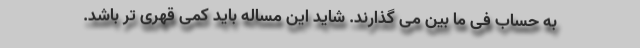
به حساب فی ما بین می گذارند. شاید این مساله باید کمی قهری تر باشد.